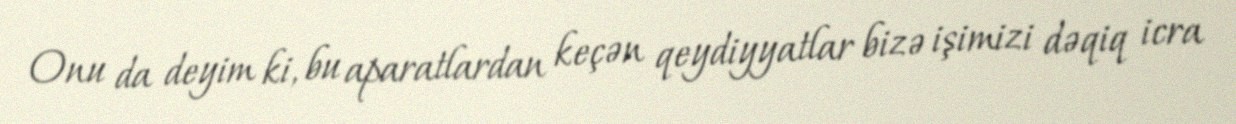
Onu da deyim ki, bu aparatlardan keçən qeydiyyatlar bizə işimizi dəqiq icra